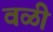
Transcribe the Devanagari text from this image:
वळी